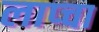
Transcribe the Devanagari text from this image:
लाप्चा